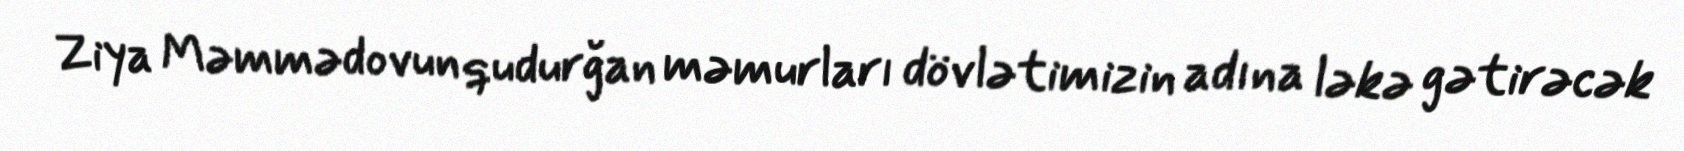
Ziya Məmmədovun qudurğan məmurları dövlətimizin adına ləkə gətirəcək